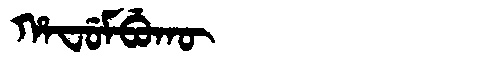
Manchu: ᡥᠠᠸᡠᠮᠪᡠᡴᡡ
Romanization: HAFUMBUKŪ